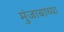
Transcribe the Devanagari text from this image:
मुंजाबाच्या